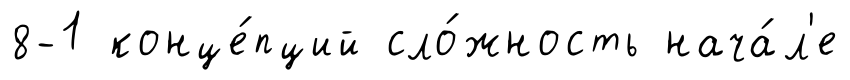
8-1 конце́пций сло́жность нача́л'е